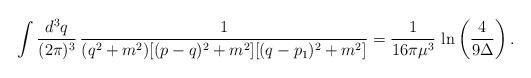
LaTeX: \begin{align*}\int\frac{d^3q}{(2\pi)^3}\,\frac{1}{(q^2+m^2)[(p-q)^2+m^2][(q-p_1)^2+m^2]}=\frac{1}{16\pi \mu^3}\,\ln\left(\frac{4}{9\Delta}\right).\end{align*}